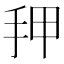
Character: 𰓑